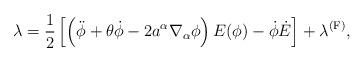
LaTeX: \begin{align*}\lambda = \frac{1}{2}\left[\left(\ddot\phi+\theta\dot\phi-2a^\alpha \nabla_\alpha\phi\right)E(\phi)-\dot\phi\dot{E}\right]+\lambda ^{\rm (F)},\end{align*}